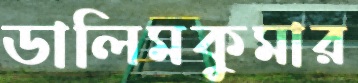
ডালিমকুমার